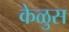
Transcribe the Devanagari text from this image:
केळुस